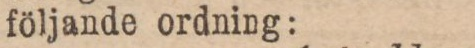
följande ordning: